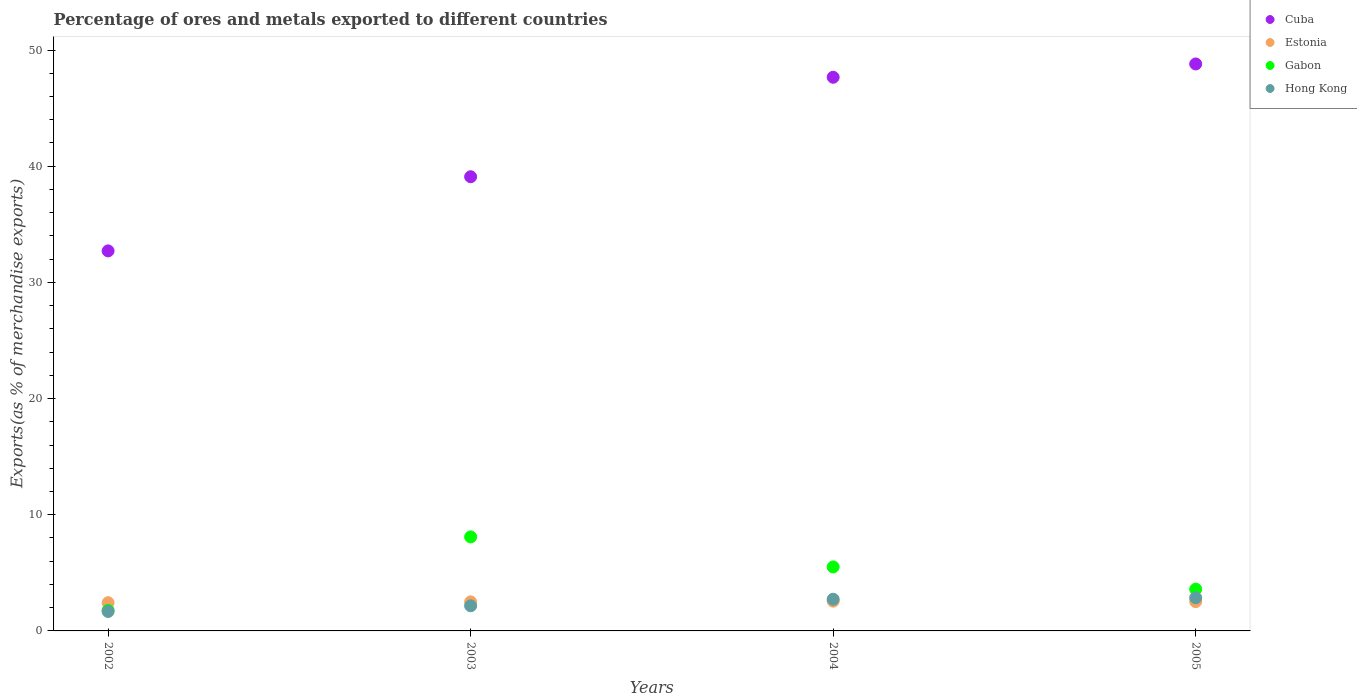
| Years | Cuba | Estonia | Gabon | Hong Kong |
 | --- | --- | --- | --- | --- |
 | 2002 | 32.7 | 2.43 | 1.77 | 1.67 |
 | 2003 | 39.1 | 2.5 | 8.09 | 2.16 |
 | 2004 | 47.7 | 2.56 | 5.51 | 2.73 |
 | 2005 | 48.8 | 2.52 | 3.59 | 2.85 |